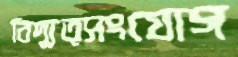
বিদ্যুত্সংযোগ